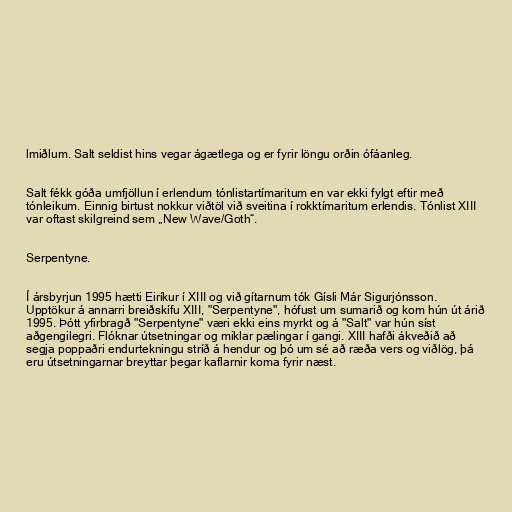
lmiðlum. Salt seldist hins vegar ágætlega og er fyrir löngu orðin ófáanleg.

Salt fékk góða umfjöllun í erlendum tónlistartímaritum en var ekki fylgt eftir með
tónleikum. Einnig birtust nokkur viðtöl við sveitina í rokktímaritum erlendis. Tónlist XIII
var oftast skilgreind sem „New Wave/Goth“.

Serpentyne.

Í ársbyrjun 1995 hætti Eiríkur í XIII og við gítarnum tók Gísli Már Sigurjónsson.
Upptökur á annarri breiðskífu XIII, "Serpentyne", hófust um sumarið og kom hún út árið
1995. Þótt yfirbragð "Serpentyne" væri ekki eins myrkt og á "Salt" var hún síst
aðgengilegri. Flóknar útsetningar og miklar pælingar í gangi. XIII hafði ákveðið að
segja poppaðri endurtekningu stríð á hendur og þó um sé að ræða vers og viðlög, þá
eru útsetningarnar breyttar þegar kaflarnir koma fyrir næst.